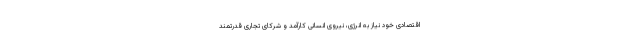
اقتصادی خود نیاز به انرژی، نیروی انسانی کارآمد و شرکای تجاری قدرتمند